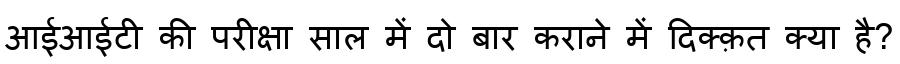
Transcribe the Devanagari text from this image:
आईआईटी की परीक्षा साल में दो बार कराने में दिक्क़त क्या है?